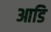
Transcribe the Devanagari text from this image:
आडि